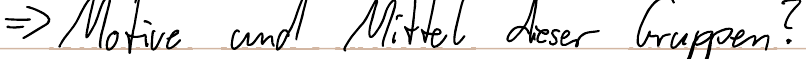
=> Motive und Mittel dieser Gruppen?